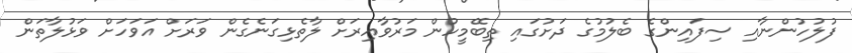
ފުލުހުންނާއި ސިފައިންގެ ބެލުމުގެ ދަށުގައި ތިބޭމީހުން މަރުވާއިރަށް ލާތެޅިގަނެގެން ވަރަށް އަވަހަށް ވަޅުލާތަން